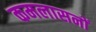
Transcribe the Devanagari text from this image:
कमलासनों